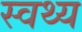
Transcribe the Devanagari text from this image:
स्वथ्य